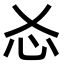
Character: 㣻